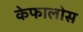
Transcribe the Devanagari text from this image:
केफालोस